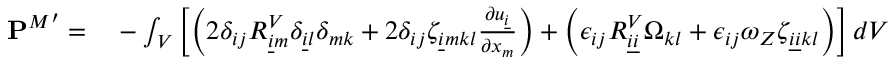
\begin{array} { r l } { { \mathbf { P } ^ { M } } ^ { \prime } = } & { { } - \int _ { V } \left[ \left( 2 \delta _ { i j } R _ { \underline { { i } } m } ^ { V } \delta _ { \underline { { i } } l } \delta _ { m k } + 2 \delta _ { i j } \zeta _ { \underline { { i } } m k l } \frac { \partial u _ { \underline { { i } } } } { \partial x _ { m } } \right) + \left( \epsilon _ { i j } R _ { \underline { { i } } \underline { { i } } } ^ { V } \Omega _ { k l } + \epsilon _ { i j } \omega _ { Z } \zeta _ { \underline { { i } } \underline { { i } } k l } \right) \right] d V } \end{array}